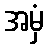
အမှံ